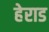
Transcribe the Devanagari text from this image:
हेराड